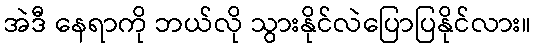
အဲဒီ နေရာကို ဘယ်လို သွားနိုင်လဲပြောပြနိုင်လား။